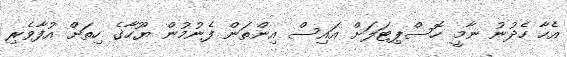
އެހާ ހެދުނު ނާމީ ހޮސްޕިޓަލަށް އައިސް އިންތަން ފެނުމުން ޔޫހާގެ ހިތަށް އުފާވެރި